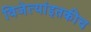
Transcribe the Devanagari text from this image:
विजेत्यांइतकीच